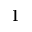
1